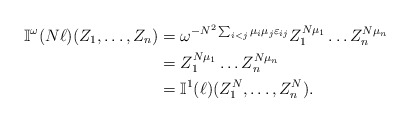
\begin{align*}\mathbb{I}^\omega(N\ell)(Z_1,\dots,Z_n) &= \omega^{-N^2\sum_{i<j}\mu_i\mu_j\varepsilon_{ij}} Z_1^{N\mu_1}\dots Z_n^{N\mu_n} \\&= Z_1^{N\mu_1}\dots Z_n^{N\mu_n} \\&= \mathbb{I}^1(\ell)(Z_1^N,\dots,Z_n^N).\end{align*}